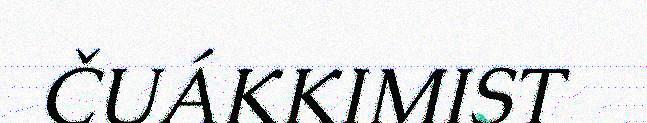
ČUÁKKIMIST